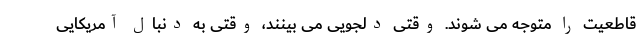
قاطعیت را متوجه می شوند. وقتی دلجویی می بینند، وقتی به دنبال آمریکایی